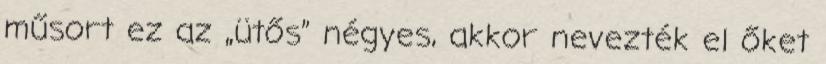
műsort ez az „ütős” négyes, akkor nevezték el őket